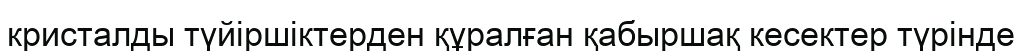
кристалды түйіршіктерден құралған қабыршақ кесектер түрінде